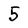
Character: 5